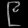
Digit: ၉